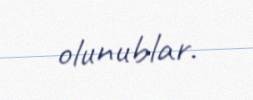
olunublar.